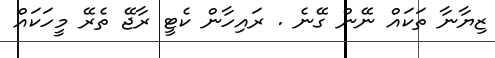
ޒިޔާނާ ތަކައް ނޭން ގޭނެ . ރައިހާން ކެޓީ ރާޖޭ ތެރޭ މީހަކައް